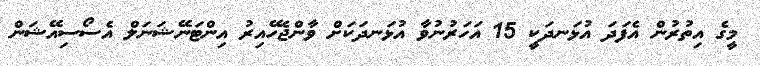
މީގެ އިތުރުން އެފަދަ އުޅަނދަކީ 15 އަހަރުނުވާ އުޅަނދަކަށް ވާންޖެހޭއިރު އިންޓަނޭޝަނަލް އެސޯސިއޭޝަން